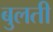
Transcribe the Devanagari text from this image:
बुलती